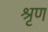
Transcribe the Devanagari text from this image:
श्रृण